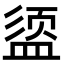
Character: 𪾔